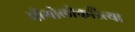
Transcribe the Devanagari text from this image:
भौगोलीकरित्या